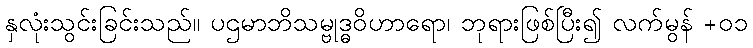
နှလုံးသွင်းခြင်းသည်။ ပဌမာဘိသမ္ဗုဒ္ဓဝိဟာရော၊ ဘုရားဖြစ်ပြီး၍ လက်မွန် +၀၁